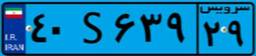
۴۰S۶۳۹۲۹